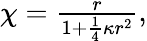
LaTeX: \begin{array}{r}{\chi=\frac{r}{1+\frac{1}{4}\kappa r^{2}},}\end{array}